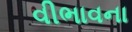
વીભાવના